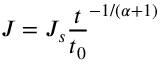
J = J _ { s } \frac { t } { t _ { 0 } } ^ { - 1 / ( \alpha + 1 ) }